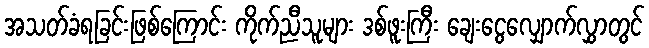
အသတ်ခံရခြင်းဖြစ်ကြောင်း ကိုက်ညီသူများ ဒစ်ဖူးကြီး ချေးငွေလျှောက်လွှာတွင်